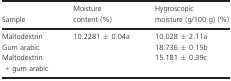
<table><thead><tr><td><b>Sample</b></td><td><b>Moisture content (%)</b></td><td><b>Hygroscopic moisture (g/100 g) (%)</b></td></tr></thead><tbody><tr><td>Maltodextrin</td><td>10.2281 ± 0.04a</td><td>10.028 ± 2.11a</td></tr><tr><td>Gum arabic</td><td>[EMPTY_CELL]</td><td>18.736 ± 0.15b</td></tr><tr><td>Maltodextrin + gum arabic</td><td>[EMPTY_CELL]</td><td>15.181 ± 0.39c</td></tr></tbody></table>